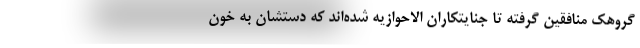
گروهک منافقین گرفته تا جنایتکاران الاحوازیه شده‌اند که دستشان به خون